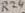
Text: R24